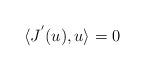
LaTeX: \begin{align*}\langle J^{'}(u),u\rangle =0\end{align*}